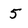
Character: 5